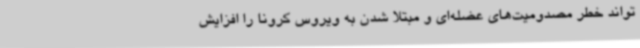
‌تواند خطر مصدومیت‌های عضله‌ای و مبتلا شدن به ویروس کرونا را افزایش